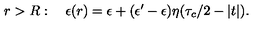
r > R : \quad \epsilon ( r ) = \epsilon + ( \epsilon ^ { \prime } - \epsilon ) \eta ( \tau _ { c } / 2 - | t | ) .